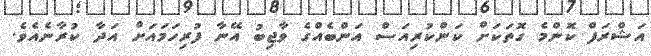
އަޝްރަފް ކޮންމެ ގޮތަކަށް ކަންކުރިއަސް އަންބެއްގެ ވާޖިބު އޭނާ ފުރިހަމައަށް އަދާ ކުރާނެއެވެ.